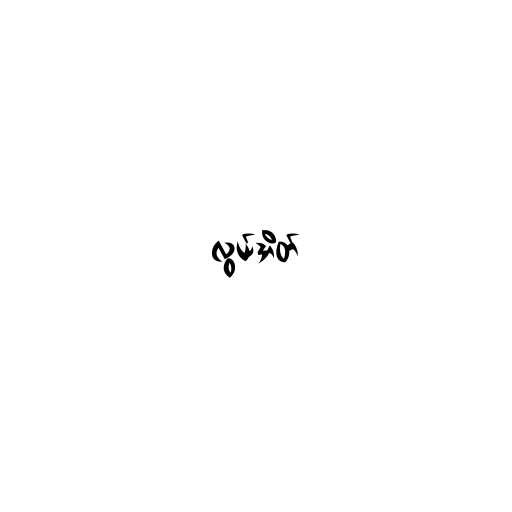
လွယ်အိတ်